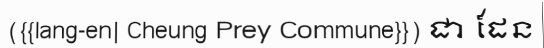
({{lang-en| Cheung Prey Commune}}) ជា ដែន